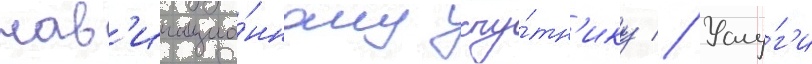
нав'игацио́нному спу́тн'ику // Услу́г'и